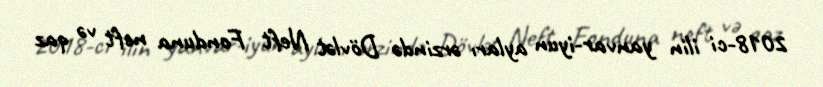
2018-ci ilin yanvar-iyun ayları ərzində Dövlət Neft Fonduna neft və qaz